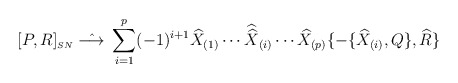
\begin{align*}[P,R]_{\scriptscriptstyle SN} \; \hat{\longrightarrow} \; \sum_{i=1}^p(-1)^{i+1}\widehat{X}_{(1)}\cdots{\widehat {\widehat X}}_{(i)}\cdots\widehat{X}_{(p)}\{-\{\widehat{X}_{(i)}, Q\},\widehat{R}\} \end{align*}